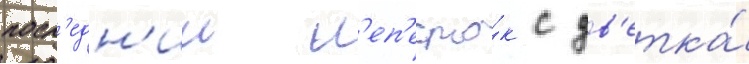
посл'едн'ии л'еп'есто́к с цв'етка́